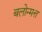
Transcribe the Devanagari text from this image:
बलोन्मत्त